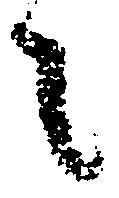
々